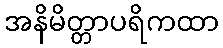
အနိမိတ္တာပရိကထာ